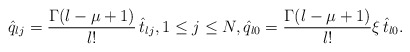
\begin{align*}\hat q_{lj}=\frac{\Gamma(l-\mu+1)} {l!}\, \hat t_{lj}, 1\le j\le N, \hat q_{l0}=\frac{\Gamma(l-\mu+1)} {l!} \xi\, \hat t_{l0}.\end{align*}